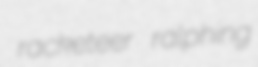
racketeer ralphing